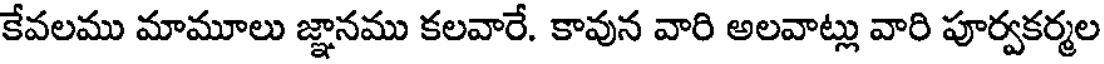
కేవలము మామూలు జ్ఞానము కలవారే. కావున వారి అలవాట్లు వారి పూర్వకర్మల